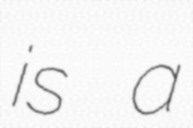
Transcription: is a